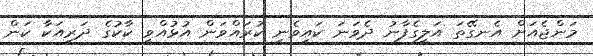
މަންޖެއަށް އެނގޭތަ އަލީގެފާނު ދެވަނަ ކައިވެނި ކުރައްވަން އުޅުއްވީ ކާކުގެ ދަރިއަކާ ކަން